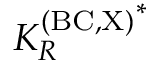
{ K _ { R } ^ { \mathrm { ( B C , X ) } } } ^ { * }